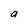
Character: a